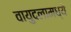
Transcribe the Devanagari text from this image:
वायुदलामध्ये